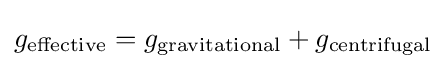
g_{\rm {effective}}=g_{\rm {gravitational}}+g_{\rm {centrifugal}}